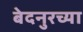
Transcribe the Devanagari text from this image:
बेदनुरच्या